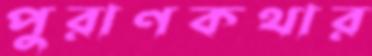
পুরাণকথার